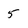
Character: 5